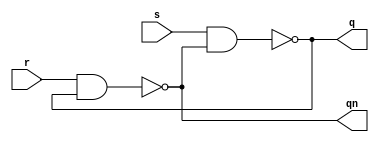
// SR 

// 1
module SR(q,qn,s,r);
input s,r;
output q,qn;
reg q,qn;
reg q1,qn1;

always @(*) begin
    q1 = ~(s & qn1);
    qn1 = ~(r & q1);
    q = q1;
    qn = qn1;

end

endmodule

// 2
module d(q,qn,d,clk,s,r);
input s,r,d,clk;
output q,qn;
reg q,qn;

always @(posedge clk) begin
    if ({r,s} == 2'b01) begin
        q = 0; qn = 'b1;
    end
    else if ({r,s} == 2'b10) begin
        q = 'b1; qn = 0;
    end
    else if ({r,s} == 2'b11) begin
        q = d; qn = ~d;
    end
end

endmodule